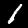
Digit: 1